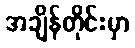
အချိန်တိုင်းမှာ